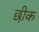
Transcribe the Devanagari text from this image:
छीक